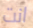
انت